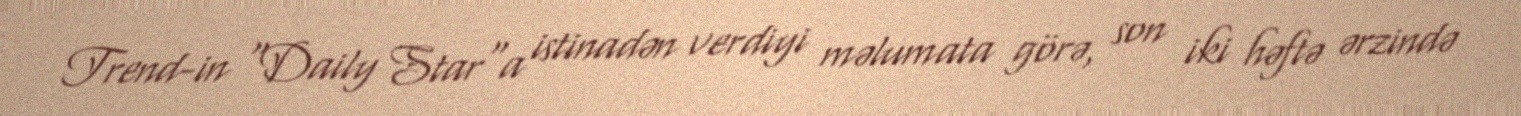
Trend-in "Daily Star"a istinadən verdiyi məlumata görə, son iki həftə ərzində